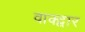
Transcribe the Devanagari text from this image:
वाक्द्वार